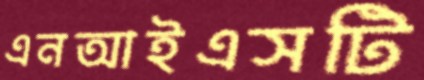
এনআইএসটি